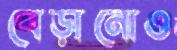
বেড়ানোও